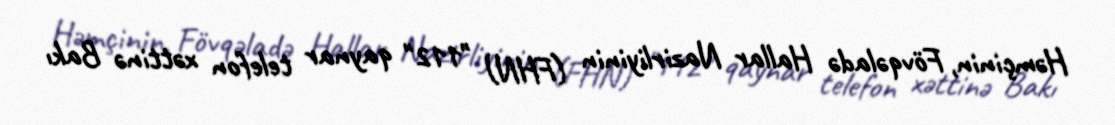
Həmçinin, Fövqəladə Hallar Nazirliyinin (FHN) "112" qaynar telefon xəttinə Bakı